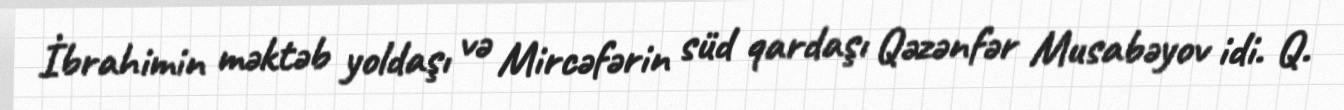
İbrahimin məktəb yoldaşı və Mircəfərin süd qardaşı Qəzənfər Musabəyov idi. Q.